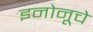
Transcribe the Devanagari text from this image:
इनोनूचे